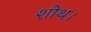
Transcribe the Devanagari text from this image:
शोथ।